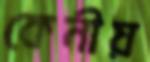
কেনীয়